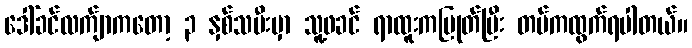
ဒေါ်ခင်လက်ျာကတော့ ၃ နှစ်သမီးမှာ သူ့ဖခင် ရာထူးကပြုတ်ပြီး တပ်ကထွက်ရပါတယ်။